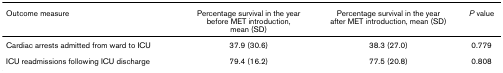
<table><thead><tr><td><b>Outcome measure</b></td><td><b>Percentage survival in the year before MET introduction, mean (SD)</b></td><td><b>Percentage survival in the year after MET introduction, mean (SD)</b></td><td><b><i>P </i>value</b></td></tr></thead><tbody><tr><td>Cardiac arrests admitted from ward to ICU</td><td>37.9 (30.6)</td><td>38.3 (27.0)</td><td>0.779</td></tr><tr><td>ICU readmissions following ICU discharge</td><td>79.4 (16.2)</td><td>77.5 (20.8)</td><td>0.808</td></tr></tbody></table>